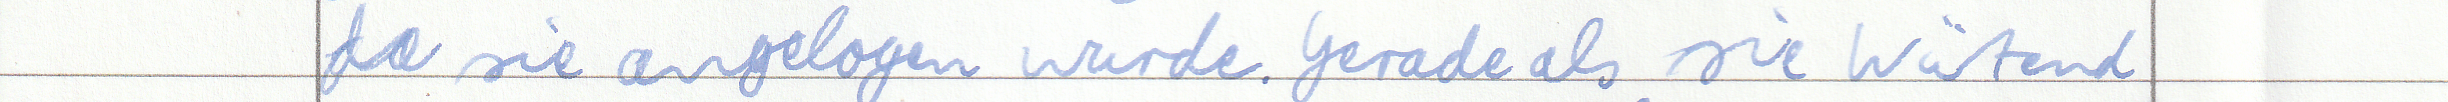
da sie angelogen wurde. Gerade als sie Wütend